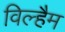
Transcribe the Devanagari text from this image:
विल्हैम